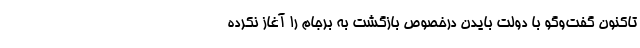
تاکنون گفت‌وگو با دولت بایدن درخصوص بازگشت به برجام را آغاز نکرده